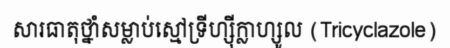
សារធាតុថ្នាំសម្លាប់ស្មៅទ្រីហ្ស៊ីក្លាហ្សូល (Tricyclazole)